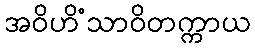
အဝိဟိံသာဝိတက္ကာယ